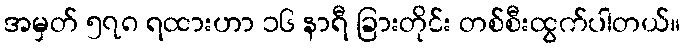
အမှတ် ၅၇၈ ရထားဟာ ၁၆ နာရီ ခြားတိုင်း တစ်စီးထွက်ပါတယ်။